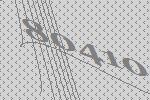
80410